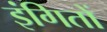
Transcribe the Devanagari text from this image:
इंगितों